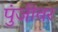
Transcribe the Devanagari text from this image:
पुंजीवर